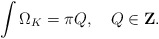
\begin{align*}\int \Omega_K = \pi Q, \quad Q \in {\bf Z} .\end{align*}